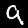
Digit: 9